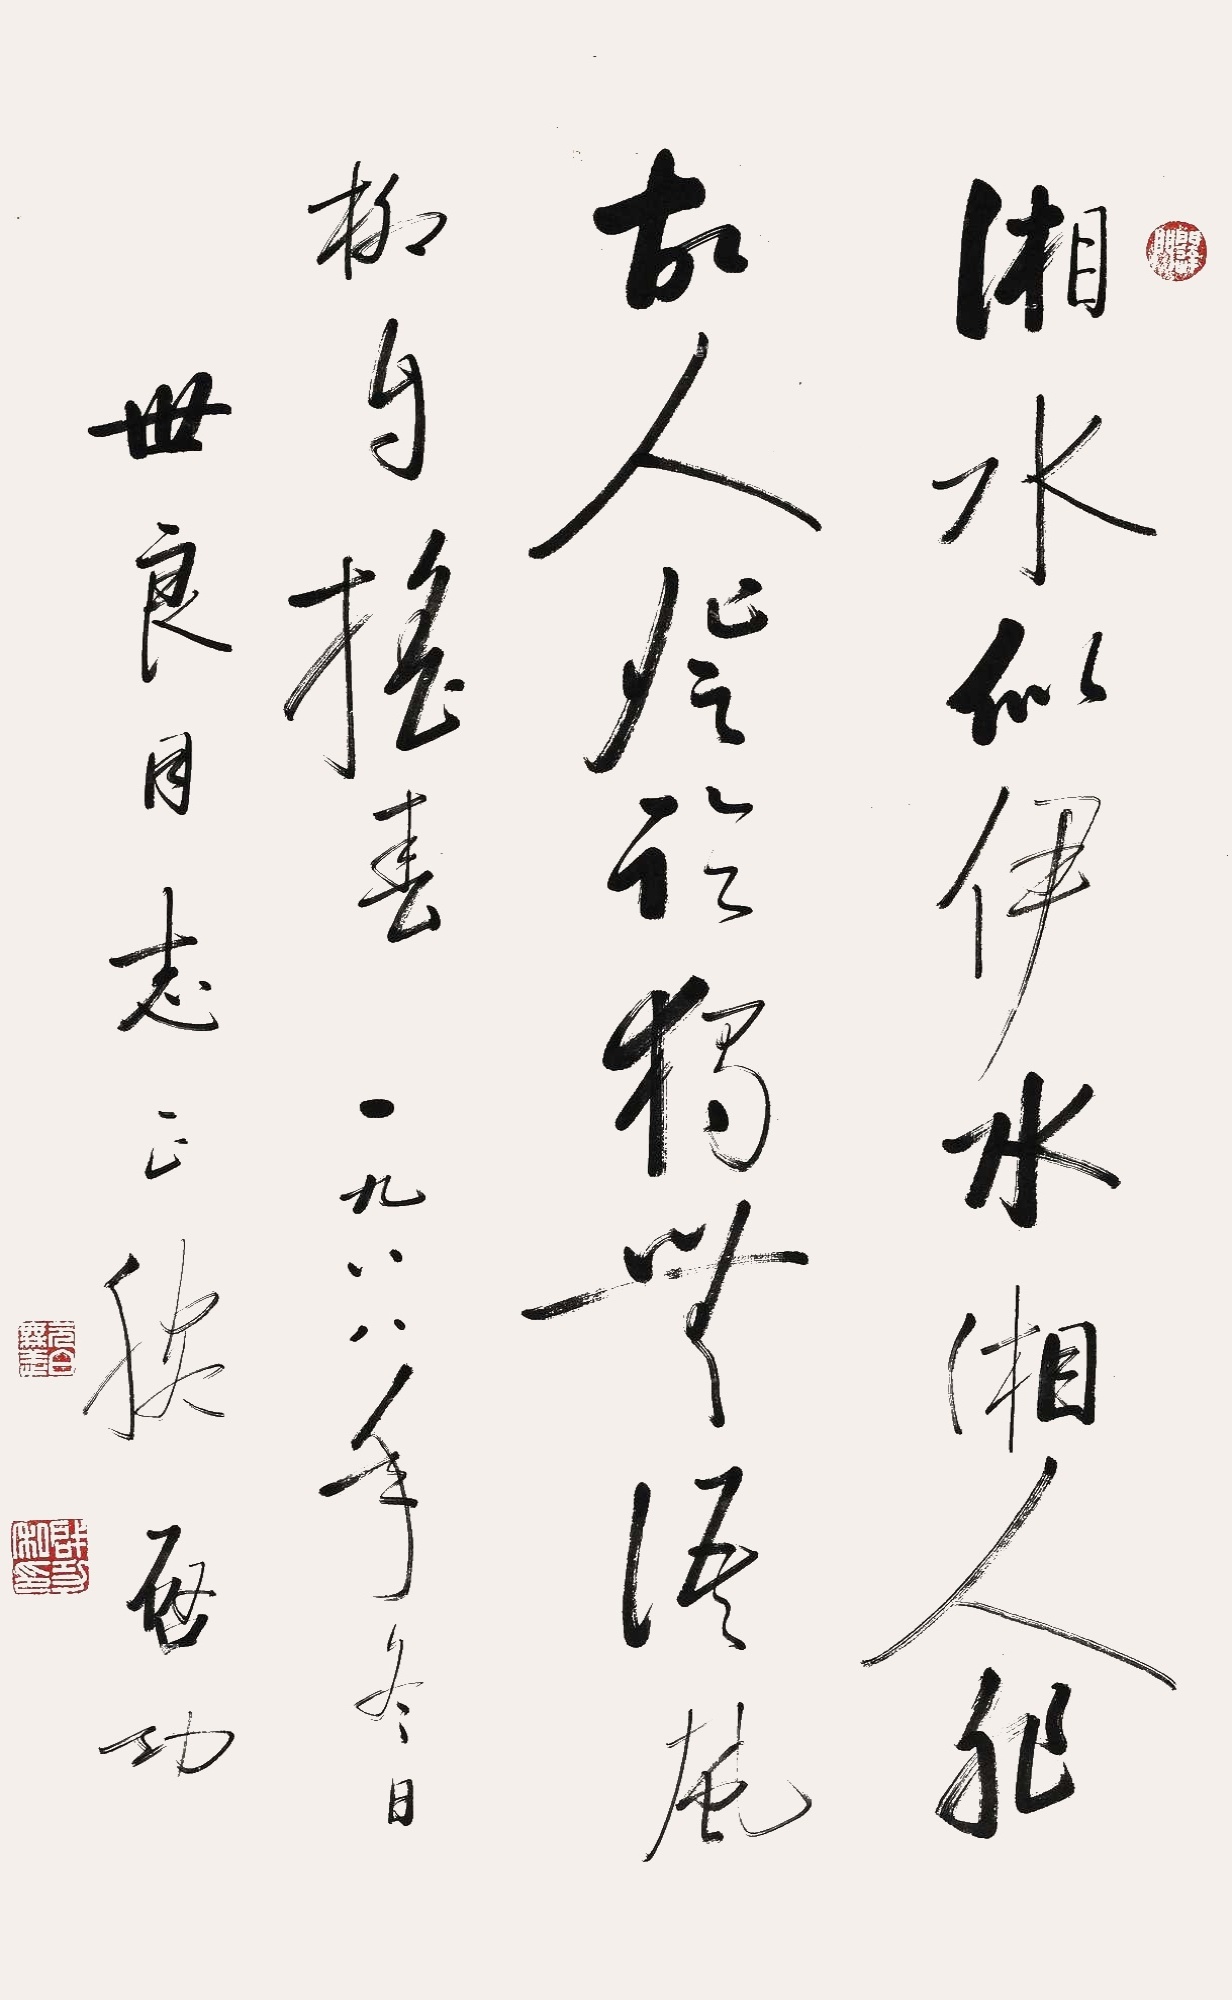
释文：湘水似伊水，湘人非故人。登临独无语，风柳自摇春。一九八八年冬日，世良同志正腕。启功。